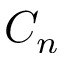
C _ { n }